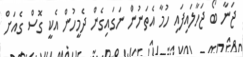
ޖަނާ ބޯ ޖަހާލައިފައި ހުމާ އެތަނުން ނަގައިގެން ދެމީހުން އެކީ ގޮސް ގެއަށް